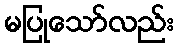
မပြုသော်လည်း